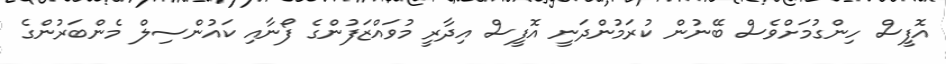
އޮފީސް ހިންގުމަށްވެސް ބޭނުން ކުރަމުންދަނީ އޮފީސް އިދާރީ މުވައްޒަފުންގެ ފޯނާއި ކައުންސިލް މެންބަރުންގެ